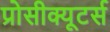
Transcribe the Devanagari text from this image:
प्रोसीक्यूटर्स